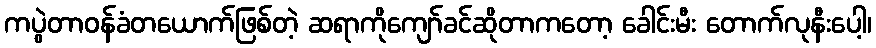
ကပွဲတာဝန်ခံတယောက်ဖြစ်တဲ့ ဆရာကိုကျော်ခင်ဆိုတာကတော့ ခေါင်းမီး တောက်လုနီးပေါ့၊